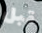
قبل